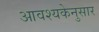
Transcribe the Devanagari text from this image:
आवश्यकेनुसार